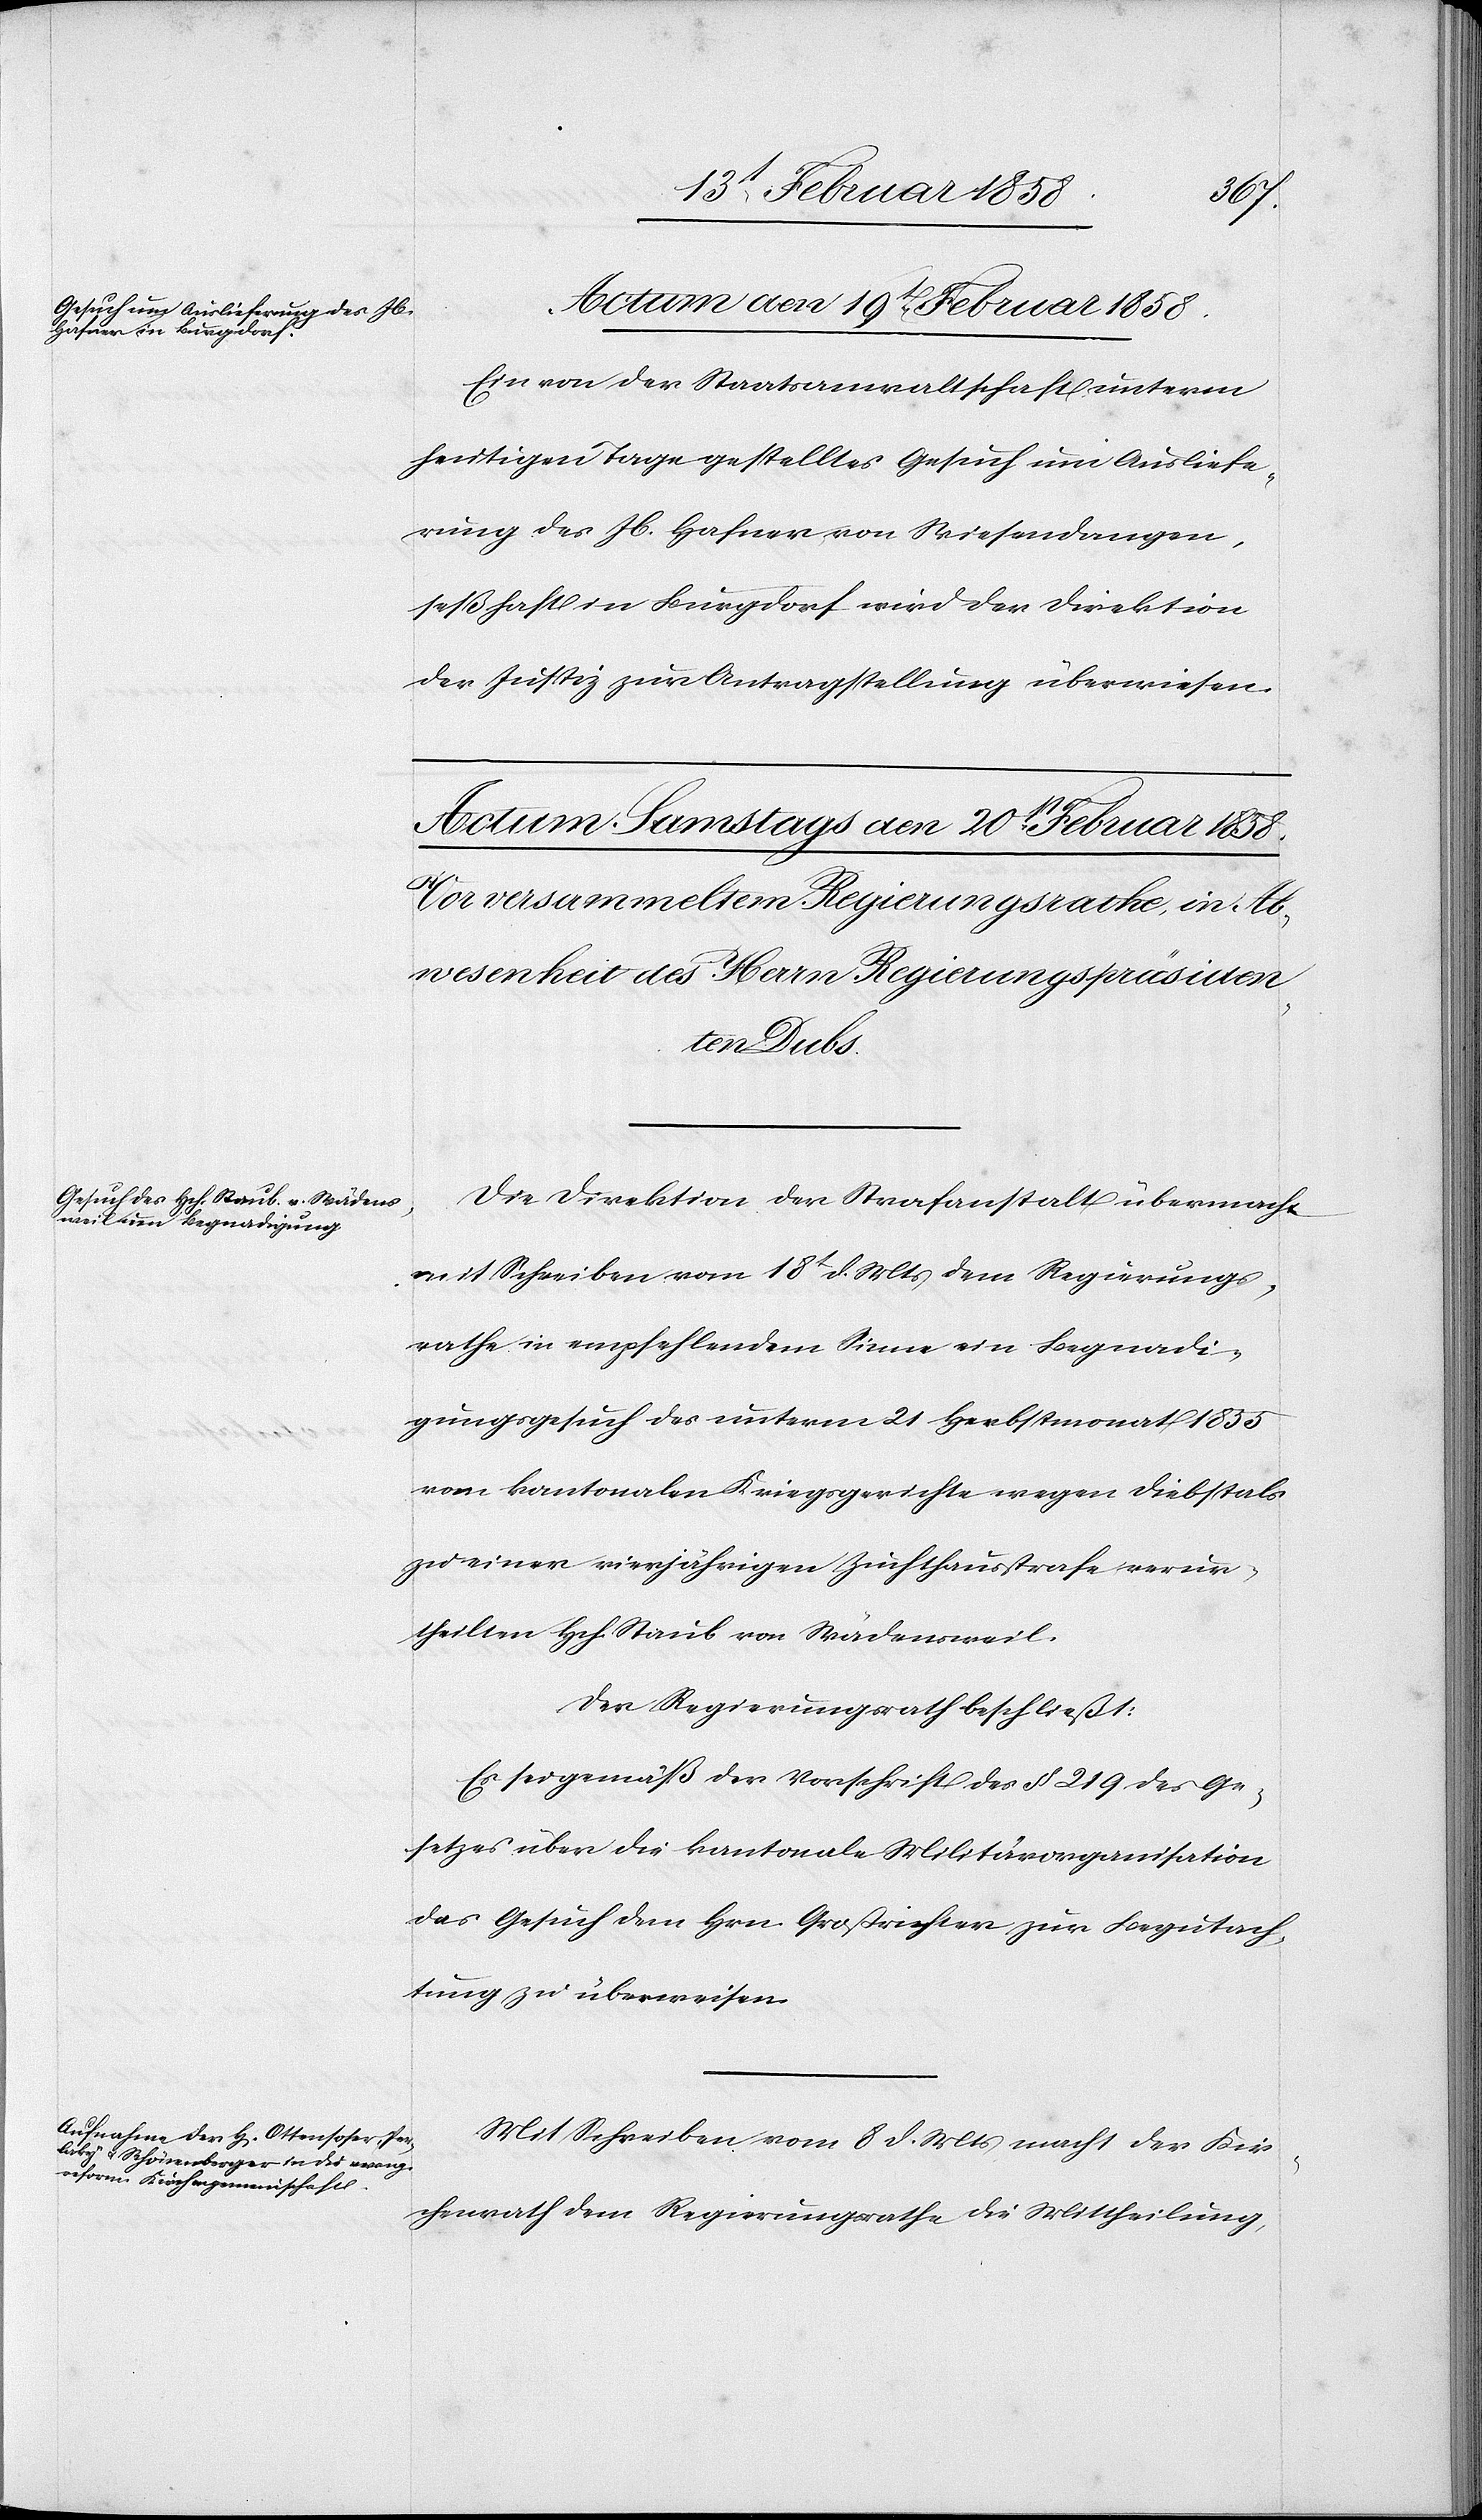
Actum den 19t Februar 1858.
Ein von der Staatsanwaltschaft unterm
heutigen Tage gestelltes Gesuch um Ausliefe¬
rung des Jb. Hafner von Wiesendangen,
seßhaft in Burgdorf wird der Direktion
der Justiz zur Antragstellung überwiesen.
Die Direktion der Strafanstalt übermacht
mit Schreiben vom 18t d. Mts dem Regierungs¬
rathe in empfehlendem Sinne ein Begnadi¬
gungsgesuch des unterm 21 Herbstmonat 1855
vom kantonalen Kriegsgerichte wegen Diebstals
zu einer vierjährigen Zuchthausstrafe verur¬
theilten Hch. Staub von Wädensweil.
Der Regierungsrath beschließt:
Es sei gemäß der Vorschrift des § 219 des Ge¬
setzes über die kantonale Militärorganisation
das Gesuch dem Hrn. Großrichter zur Begutach¬
tung zu überweisen.
Mit Schreiben vom 8 d. Mts macht der Kir¬
chenrath dem Regierungsrathe die Mittheilung,